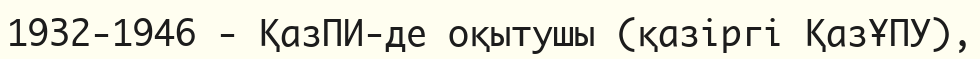
1932-1946 - ҚазПИ-де оқытушы (қазіргі ҚазҰПУ),